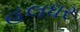
હલધર